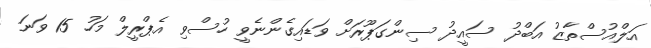
އަލްއުސްތާޒު އަބްދު ސައީދު ސިންގަޕޫރަށް ވަޑައިގެންނެވީ ހުސްވި އެޕްރީލް މަހު 15 ވަނަ